Report of the Imperial Institute of Veterinary Research, Muktesar
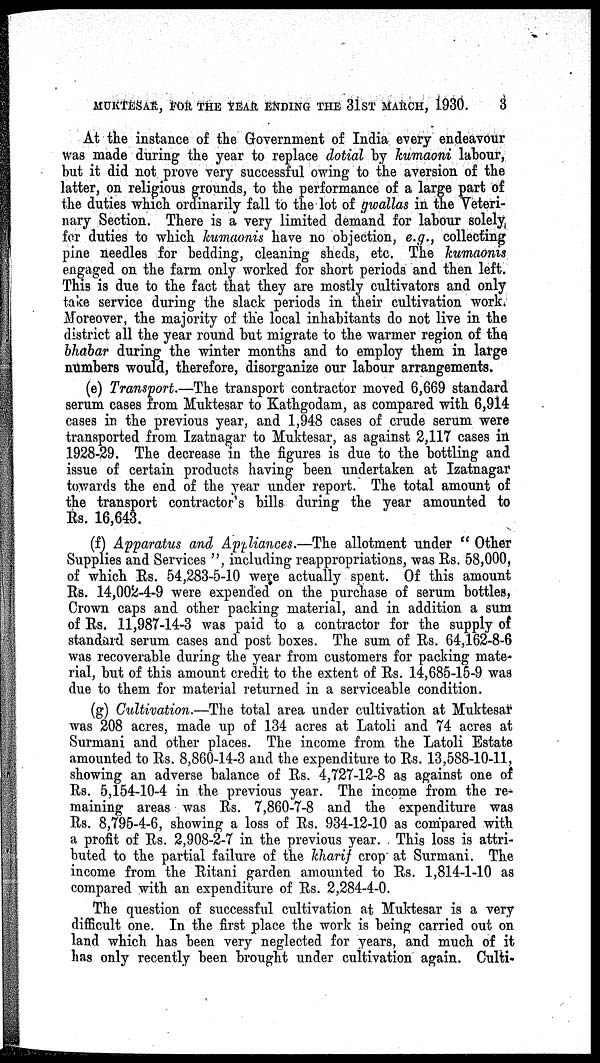
MUKTESAR, FOR THE YEAR ENDING THE 31 ST MARCH, 1930.
3
At the instance of the Government of India every endeavour
was made during the year to replace dotial by kumaoni labour,
but it did not prove very successful owing to the aversion of the
latter, on religious grounds, to the performance of a large part of
the duties which ordinarily fall to the lot of gwallas in the Veteri-
nary Section. There is a very limited demand for labour solely
for duties to which kumaonis have no objection, e.g., collecting
pine needles for bedding, cleaning sheds, etc. The kumaonis
engaged on the farm only worked for short periods and then left.
This is due to the fact that they are mostly cultivators and only
take service during the slack periods in their cultivation work.
Moreover, the majority of the local inhabitants do not live in the
district all the year round but migrate to the warmer region of the
bhabar during the winter months and to employ them in large
numbers would, therefore, disorganize our labour arrangements.
(e) Transport.—The transport contractor moved 6,669 standard
serum cases from Muktesar to Kathgodam, as compared with 6,914
cases in the previous year, and 1,948 cases of crude serum were
transported from Izatnagar to Muktesar, as against 2,117 cases in
1928-29. The decrease in the figures is due to the bottling and
issue of certain products having been undertaken at Izatnagar
towards the end of the year under report. The total amount of
the transport contractor's bills during the year amounted to
Rs. 16,643.
(f) Apparatus and Appliances.—The allotment under " Other
Supplies and Services ", including reappropriations, was Rs. 58,000,
of which Rs. 54,283-5-10 were actually spent. Of this amount
Rs. 14,002-4-9 were expended on the purchase of serum bottles,
Crown caps and other packing material, and in addition a sum
of Rs. 11,987-14-3 was paid to a contractor for the supply of
standard serum cases and post boxes. The sum of Rs. 64,162-8-6
was recoverable during the year from customers for packing mate-
rial, but of this amount credit to the extent of Rs. 14,685-15-9 was
due to them for material returned in a serviceable condition.
(g) Cultivation.—The total area under cultivation at Muktesar
was 208 acres, made up of 134 acres at Latoli and 74 acres at
Surmani and other places. The income from the Latoli Estate
amounted to Rs. 8,860-14-3 and the expenditure to Rs. 13,588-10-11,
showing an adverse balance of Rs. 4,727-12-8 as against one of
Rs. 5,154-10-4 in the previous year. The income from the re-
maining areas was Rs. 7,860-7-8 and the expenditure was
Rs. 8,795-4-6, showing a loss of Rs. 934-12-10 as compared with
a profit of Rs. 2,908-2-7 in the previous year. This loss is attri-
buted to the partial failure of the kharif crop at Surmani. The
income from the Ritani garden amounted to Rs. 1,814-1-10 as
compared with an expenditure of Rs. 2,284-4-0.
The question of successful cultivation at Muktesar is a very
difficult one. In the first place the work is being carried out on
land which has been very neglected for years, and much of it
has only recently been brought under cultivation again. Culti-